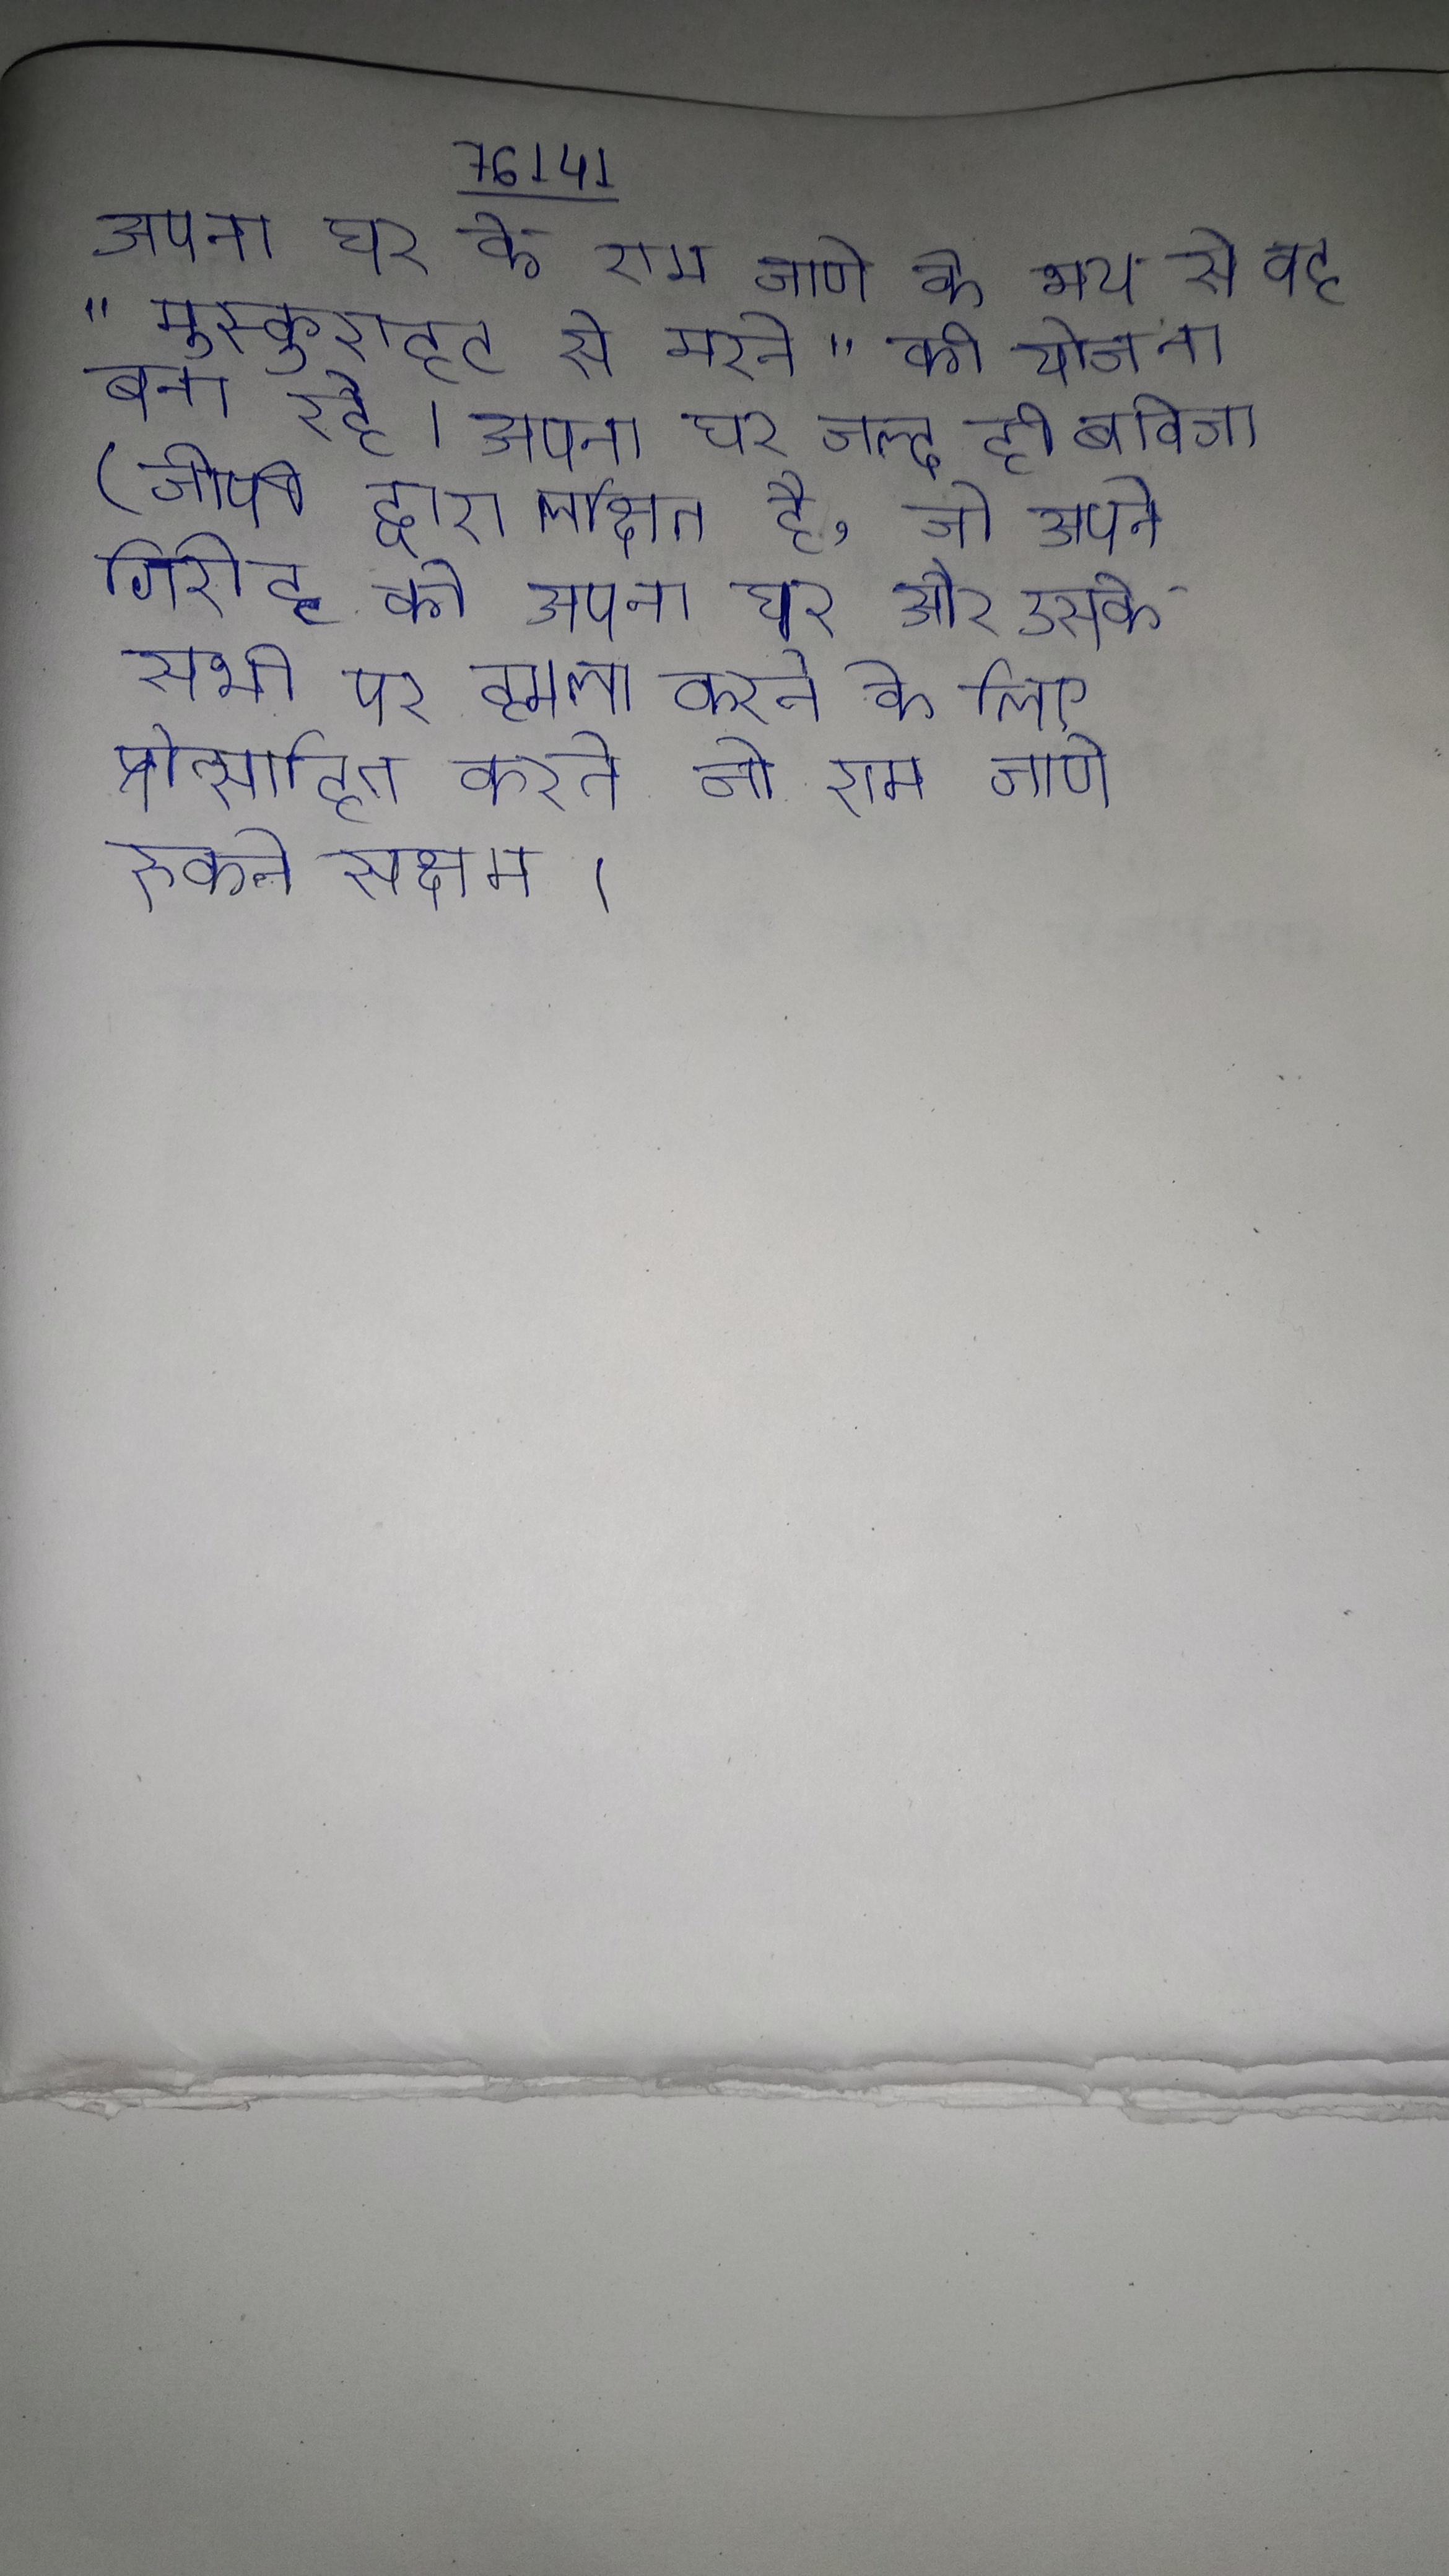
अपना घर के राम जाणे के भय से वह "मुस्कुराहट से मरने" की योजना बना रहे । अपना घर जल्द ही बावेजा (जीपी द्वारा लक्षित है, जो अपने गिरोह को अपना घर और उसके सभी पर हमला करने के लिए प्रोत्साहित करते जो राम जाणे रुकने सक्षम ।